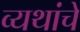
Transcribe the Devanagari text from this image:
व्यथांचे